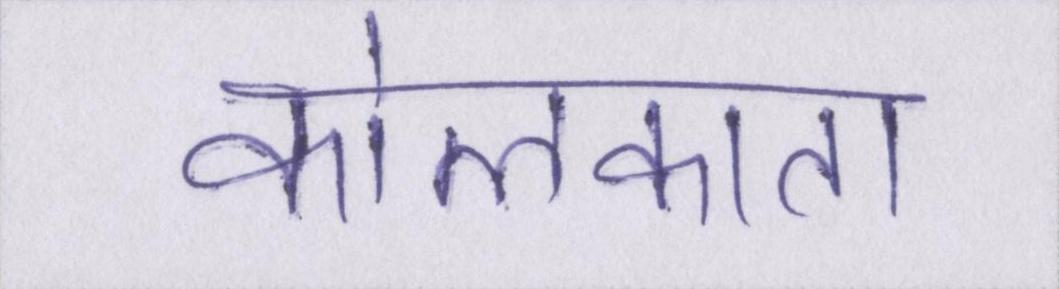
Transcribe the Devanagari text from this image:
कोलकाता